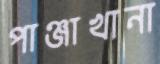
পাঞ্জাখানা